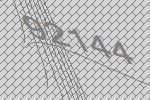
92144